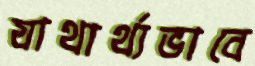
যাথার্থ্যভাবে